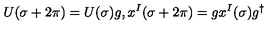
U ( \sigma + 2 \pi ) = U ( \sigma ) g , x ^ { I } ( \sigma + 2 \pi ) = g x ^ { I } ( \sigma ) g ^ { \dagger }